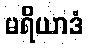
မရိယာဒံ